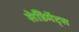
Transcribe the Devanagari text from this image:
सेडिमेंट्स